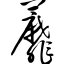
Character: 蘼